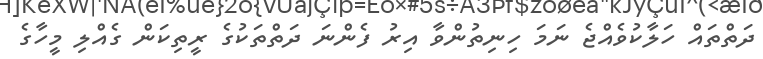
ދަތްތައް ހަލާކުވެއްޖެ ނަމަ ހިނިތުންވާ އިރު ފެންނަ ދަތްތަކުގެ ރީތިކަން ގެއްލި މީހާގެ